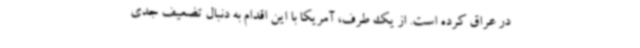
در عراق کرده است. از یک طرف، آمریکا با این اقدام به دنبال تضعیف جدی